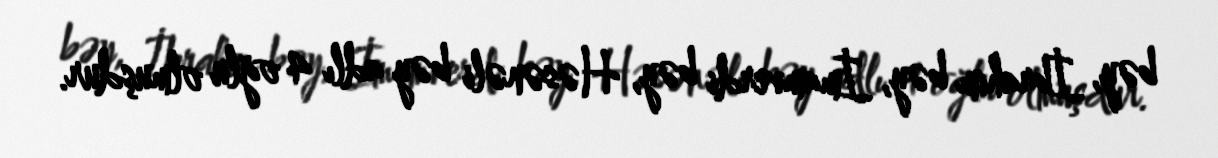
bəy, İbrahim bəy, İmamverdi bəy, Həsənəli bəy adlı 4 oğlu olmuşdur.